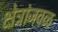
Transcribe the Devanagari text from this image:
क्षेत्रांजवळ